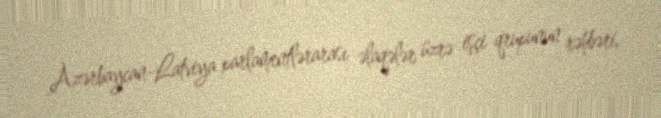
Azərbaycan-Latviya parlamentlərarası əlaqələr üzrə işçi qrupunun rəhbəri,